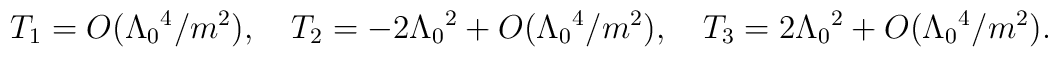
T_1= O(\Lambda_0{}^4/m^2),\quad T_2= -2\Lambda_0{}^2 + O(\Lambda_0{}^4/m^2),\quad T_3= 2\Lambda_0{}^2 + O(\Lambda_0{}^4/m^2).